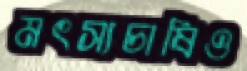
মৎস্যচাষিও